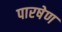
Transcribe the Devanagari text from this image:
पारषेण